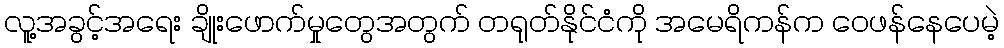
လူ့အခွင့်အရေး ချိုးဖောက်မှုတွေအတွက် တရုတ်နိုင်ငံကို အမေရိကန်က ဝေဖန်နေပေမဲ့